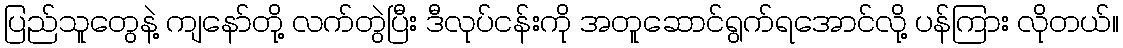
ပြည်သူတွေနဲ့ ကျနော်တို့ လက်တွဲပြီး ဒီလုပ်ငန်းကို အတူဆောင်ရွက်ရအောင်လို့ ပန်ကြား လိုတယ်။